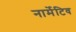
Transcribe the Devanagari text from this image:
नार्मेटिव